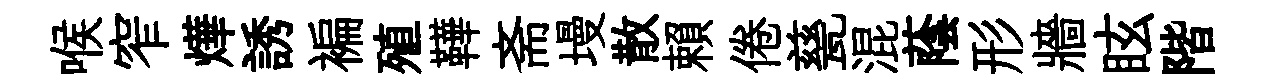
喉窄燁誘褊殖鞾斋墁散賴倦甆混蔭形牆眩階